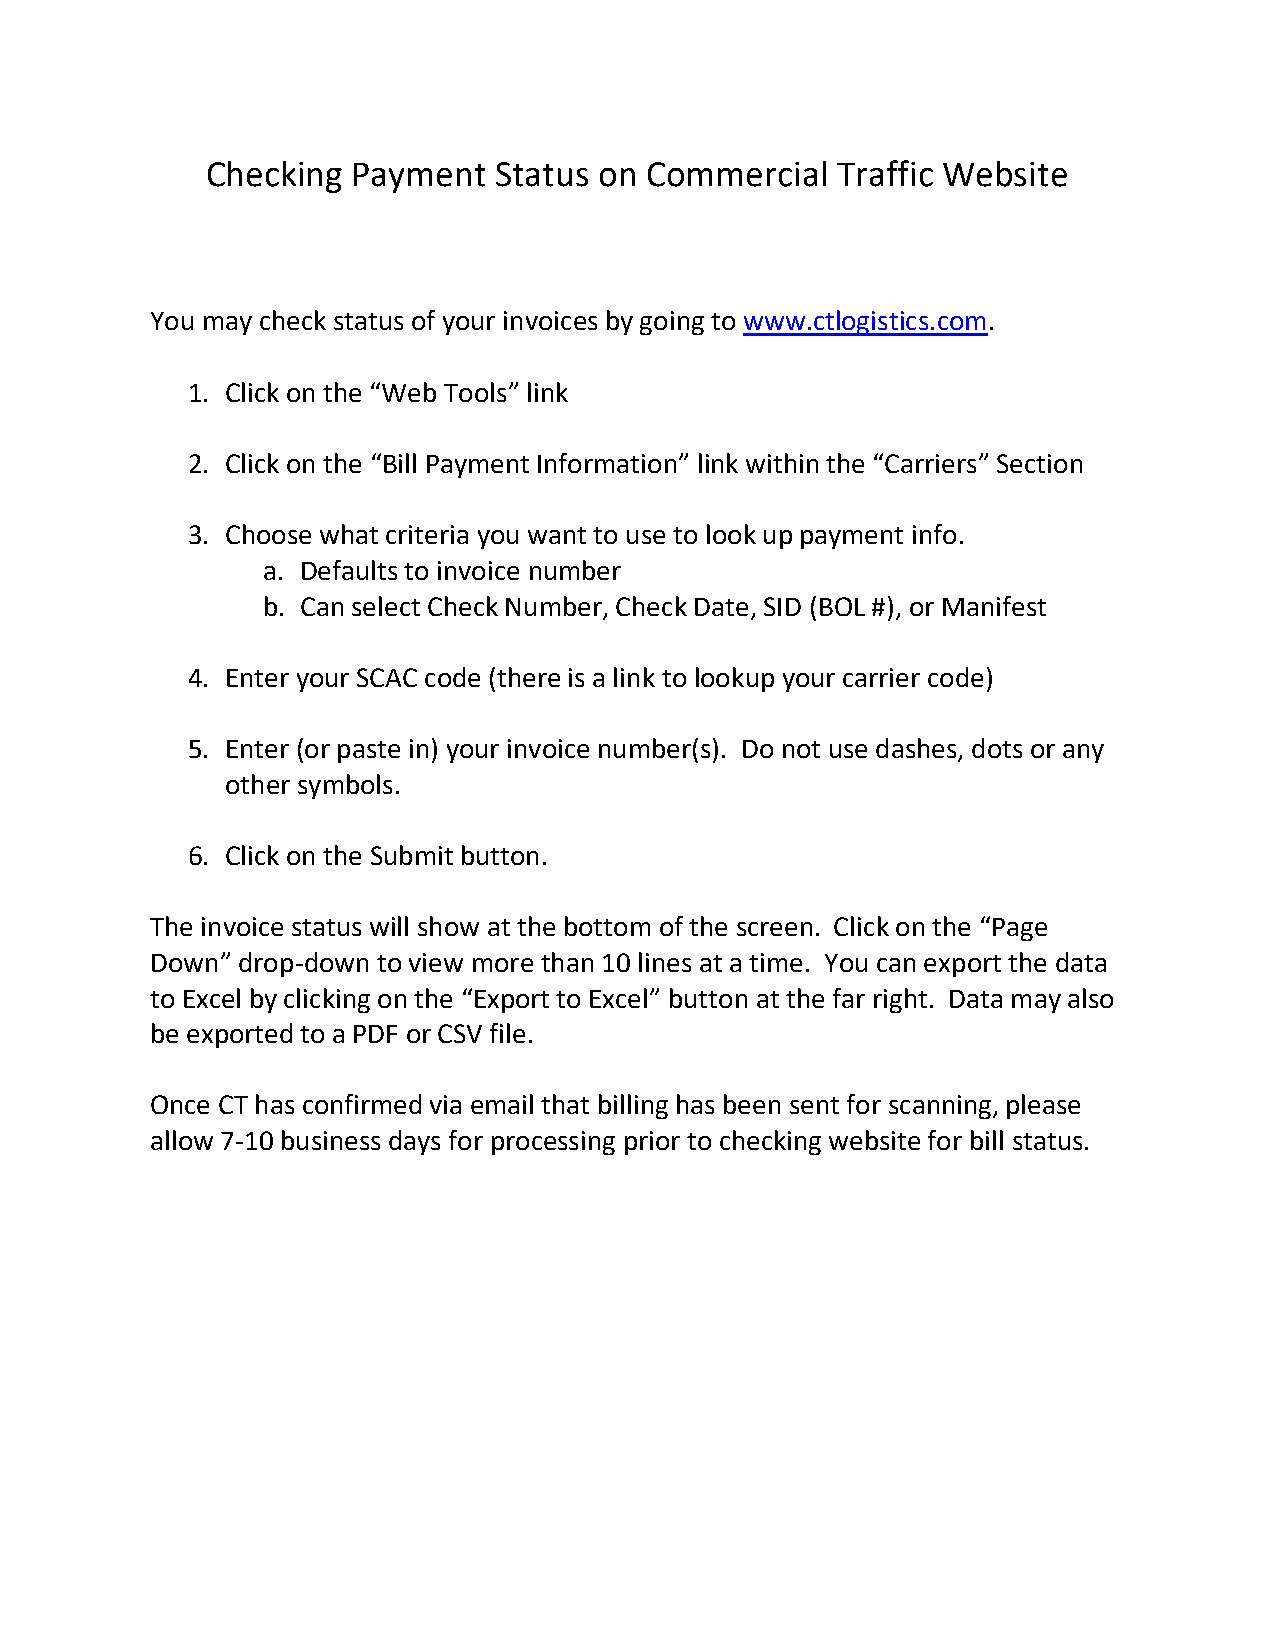
Checking Payment   Status on Commercial  Traffic Website
 You may check status of your invoices by going to www.ctlogistics.com.
 1. Click on the “Web Tools” link
 2. Click on the “Bill Payment Information” link within the “Carriers” Section
 3. Choose what criteria you want to use to look up payment info.
 a. Defaults to invoice number
 b. Can select Check Number, Check Date, SID (BOL #), or Manifest
 4. Enter your SCAC code (there is a link to lookup your carrier code)
 5. Enter (or paste in) your invoice number(s). Do not use dashes, dots or any
 other symbols.
 6. Click on the Submit button.
 The invoice status will show at the bottom of the screen. Click on the “Page
 Down” drop-down to view more than 10 lines at a time. You can export the data
 to Excel by clicking on the “Export to Excel” button at the far right. Data may also
 be exported to a PDF or CSV file.
 Once CT has confirmed via email that billing has been sent for scanning, please
 allow 7-10 business days for processing prior to checking website for bill status.